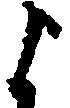
よ